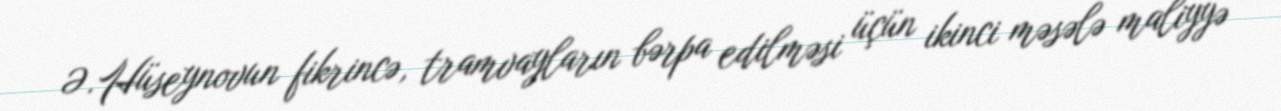
Ə.Hüseynovun fikrincə, tramvayların bərpa edilməsi üçün ikinci məsələ maliyyə